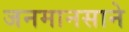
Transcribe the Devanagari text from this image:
जनमानसाने